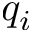
q _ { i }